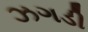
ઝગડી